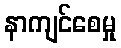
နာကျင်စေမှု